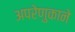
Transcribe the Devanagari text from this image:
अपरेणुकाने